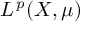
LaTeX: L ^ { \, p } ( X , \mu )